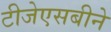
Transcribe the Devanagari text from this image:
टीजेएसबीने